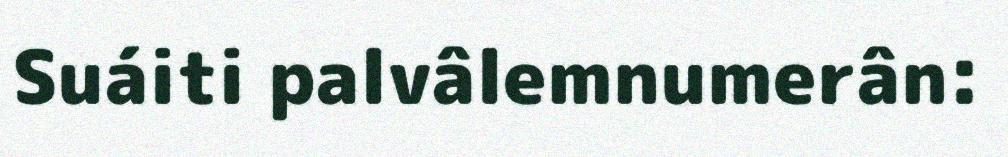
Suáiti palvâlemnumerân: